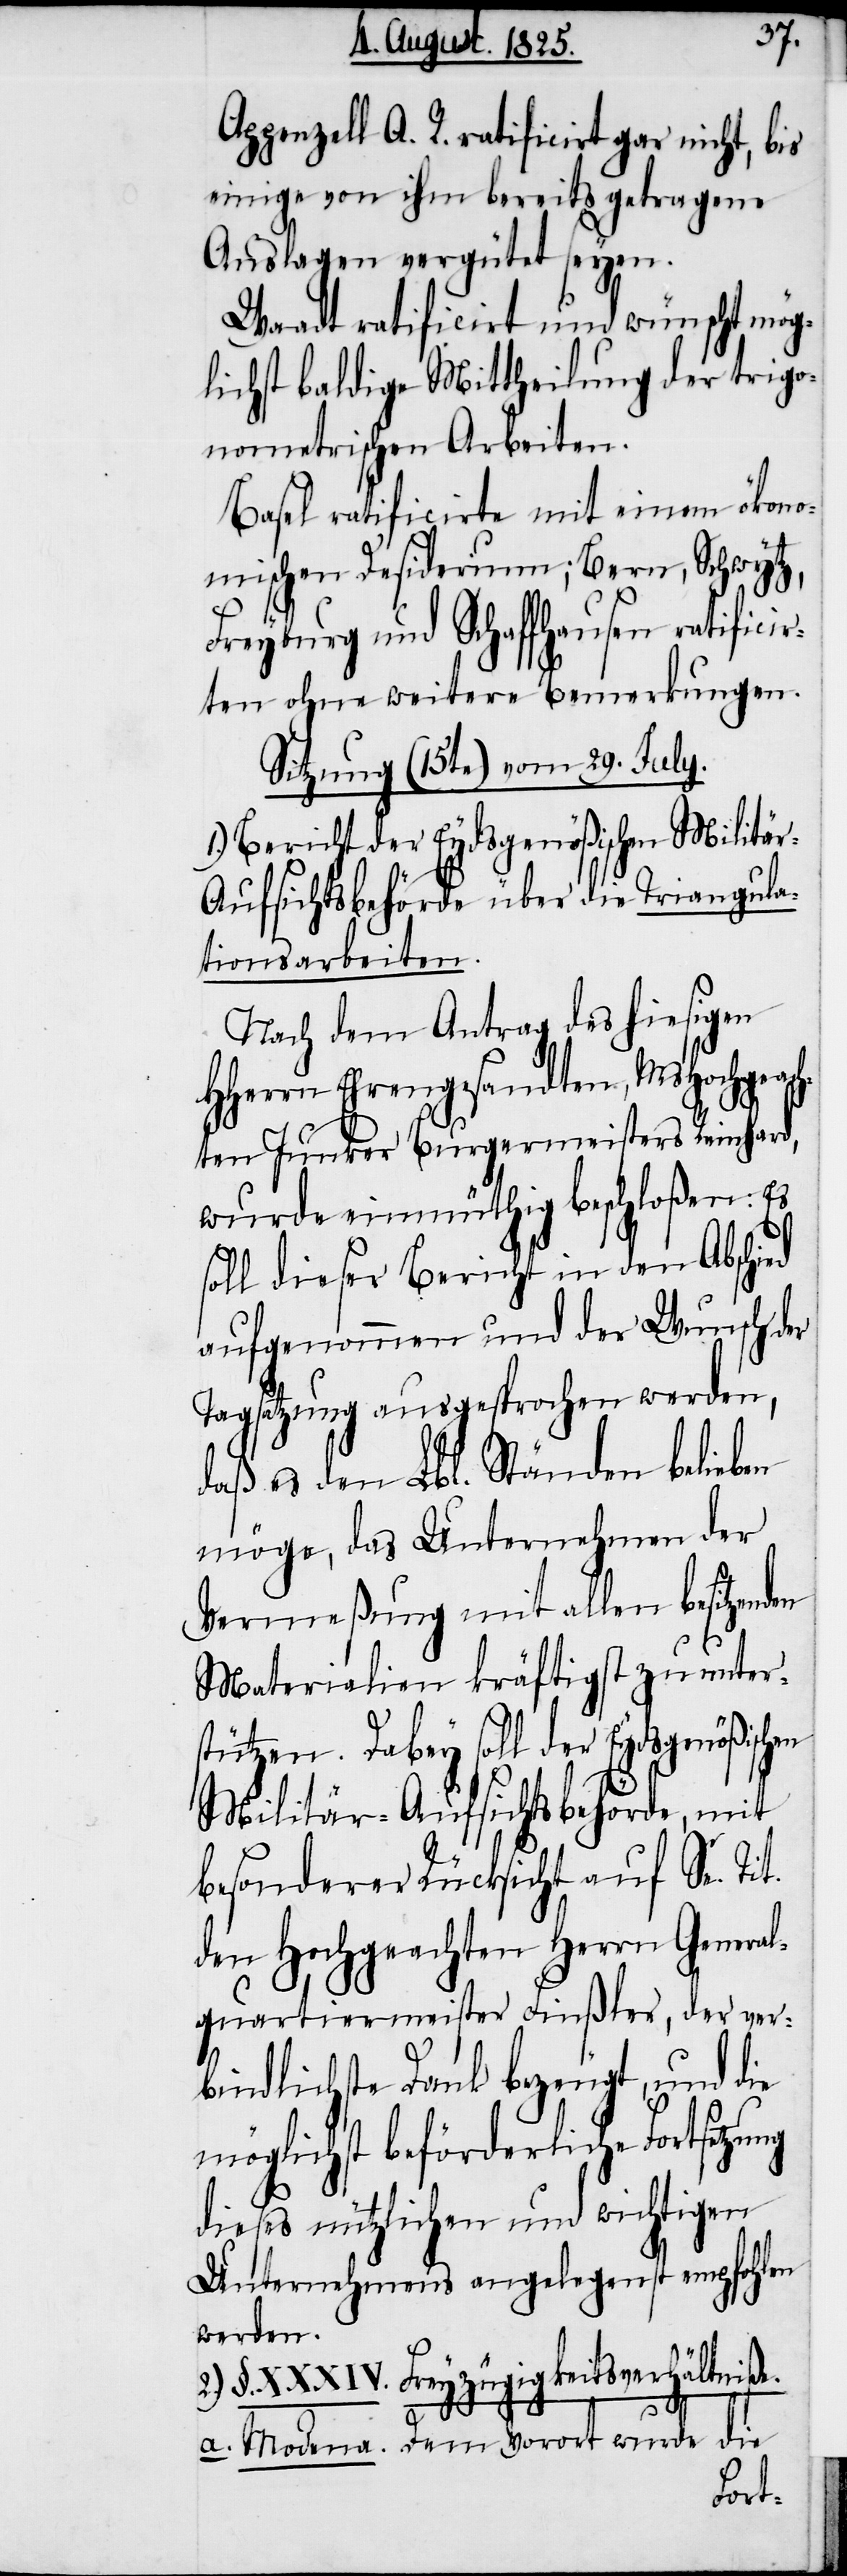
Appenzell A. R. ratificirt gar nicht, bis
einige von ihm bereits getragene
Auslagen vergütet seyen.
Waadt ratificirt und wünscht mög¬
lichst baldige Mittheilung der trigo¬
nometrischen Arbeiten.
Basel ratificirte mit einem ökono¬
mischen Desiderium; Bern, Schwytz,
t.
Freyburg und Schaffhausen ratificir¬
ten ohne weitere Bemerkungen.
Sitzung (15te) vom 29. July.
1.) Bericht der Eydsgenößischen Militä¬
r-Aufsichtsbehörde über die Triangula¬
tionsarbeiten.
Nach dem Antrag des hiesigen
HHerrn Ehrgesandten, MsHochgeac¬
hten Junker Burgermeisters Reinhard,
wurde einmüthig beschloßen: Es
soll dieser Bericht in den Abschied
aufgenommen und der Wunsch
Tagsatzung ausgesprochen werden,
daß es den Lbl. Ständen belieben
möge, das Unternehmen der
Vermeßung mit allen besitzend¬
Materialien kräftigst zu unter¬
stützen. Dabey soll der Eydsgenößischen
Militär-Aufsichtsbehörde, mit
besonderer Rücksicht auf Se. Ti¬
den Hochgeachten Herrn General¬
quartiermeister Finßler, der ver¬
bindliche Dank bezeugt, und die
möglichst beförderliche Fortsetzung
dieses nützlichen und wichtigen
Unternehmens angelegenst empfohlen
werden.
2.) §. XXXIV. Freyzügigkeitsverhältniße.
en
a. Modena. Dem Vorort wurde die